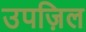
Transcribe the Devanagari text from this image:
उपज़िल